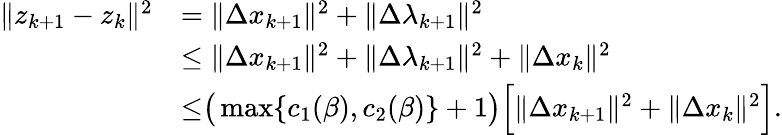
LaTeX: \begin{array}{rl}{\| z_{k+1}-z_{k}\| ^{2}}&{=\| \Delta x_{k+1}\| ^{2}+\| \Delta\lambda_{k+1}\| ^{2}}\\ &{\leq\| \Delta x_{k+1}\| ^{2}+\| \Delta\lambda_{k+1}\| ^{2}+\| \Delta x_{k}\| ^{2}}\\ &{{\overset{}{\leq}}\big(\operatorname*{max}\{ c_{1}(\beta),c_{2}(\beta)\} +1\big)\Big[\| \Delta x_{k+1}\| ^{2}+\| \Delta x_{k}\| ^{2}\Big].}\end{array}